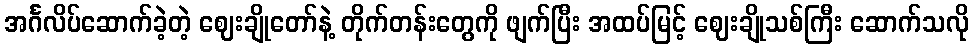
အင်္ဂလိပ်ဆောက်ခဲ့တဲ့ ဈေးချိုတော်နဲ့ တိုက်တန်းတွေကို ဖျက်ပြီး အထပ်မြင့် ဈေးချိုသစ်ကြီး ဆောက်သလို